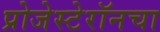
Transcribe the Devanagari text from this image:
प्रोजेस्टेरॉनचा